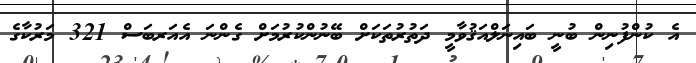
އެ ކުންފުނިން ބުނީ ބައިނަލްއަޤުވާމީ ދަތުރުތަކަށް ބޭނުންކުރުމަށް ގެންނަ އެއަރބަސް 321 މަރުކާގެ